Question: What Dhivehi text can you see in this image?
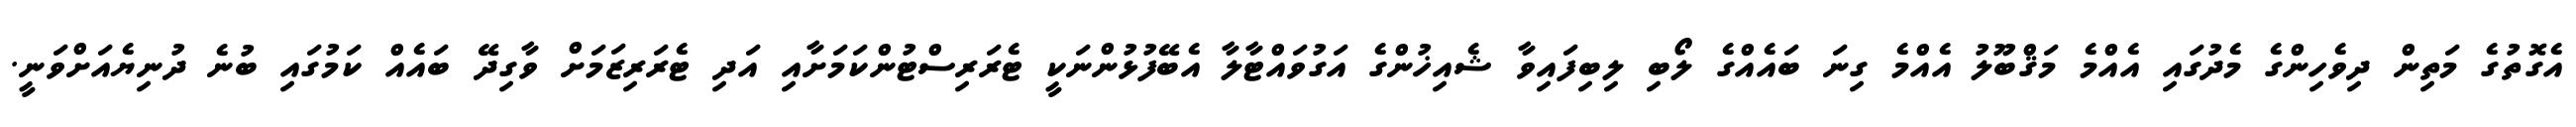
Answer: އެގޮތުގެ މަތިން ދިވެހިންގެ މެދުގައި އެއްމެ މަޤްބޫލު އެއްމެ ގިނަ ބައެއްގެ ލޯބި ލިބިފައިވާ ޝެއިޚުންގެ އަގުވައްޓާލާ އެބޭފުޅުންނަކީ ޓެރަރިސްޓުންކަމަށާއި އަދި ޓެރަރިޒަމަށް ވާގިދޭ ބައެއް ކަމުގައި ބުނެ ދުނިޔެއަށްވަނީ.